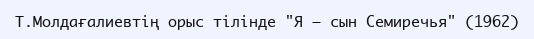
Т.Молдағалиевтің орыс тілінде "Я — сын Семиречья" (1962)